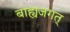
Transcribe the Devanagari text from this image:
बाह्यजगत्‌